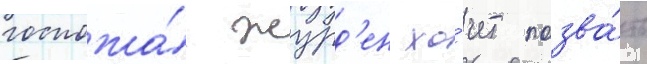
госпожа́ журд'ен хо́чет позва́ть